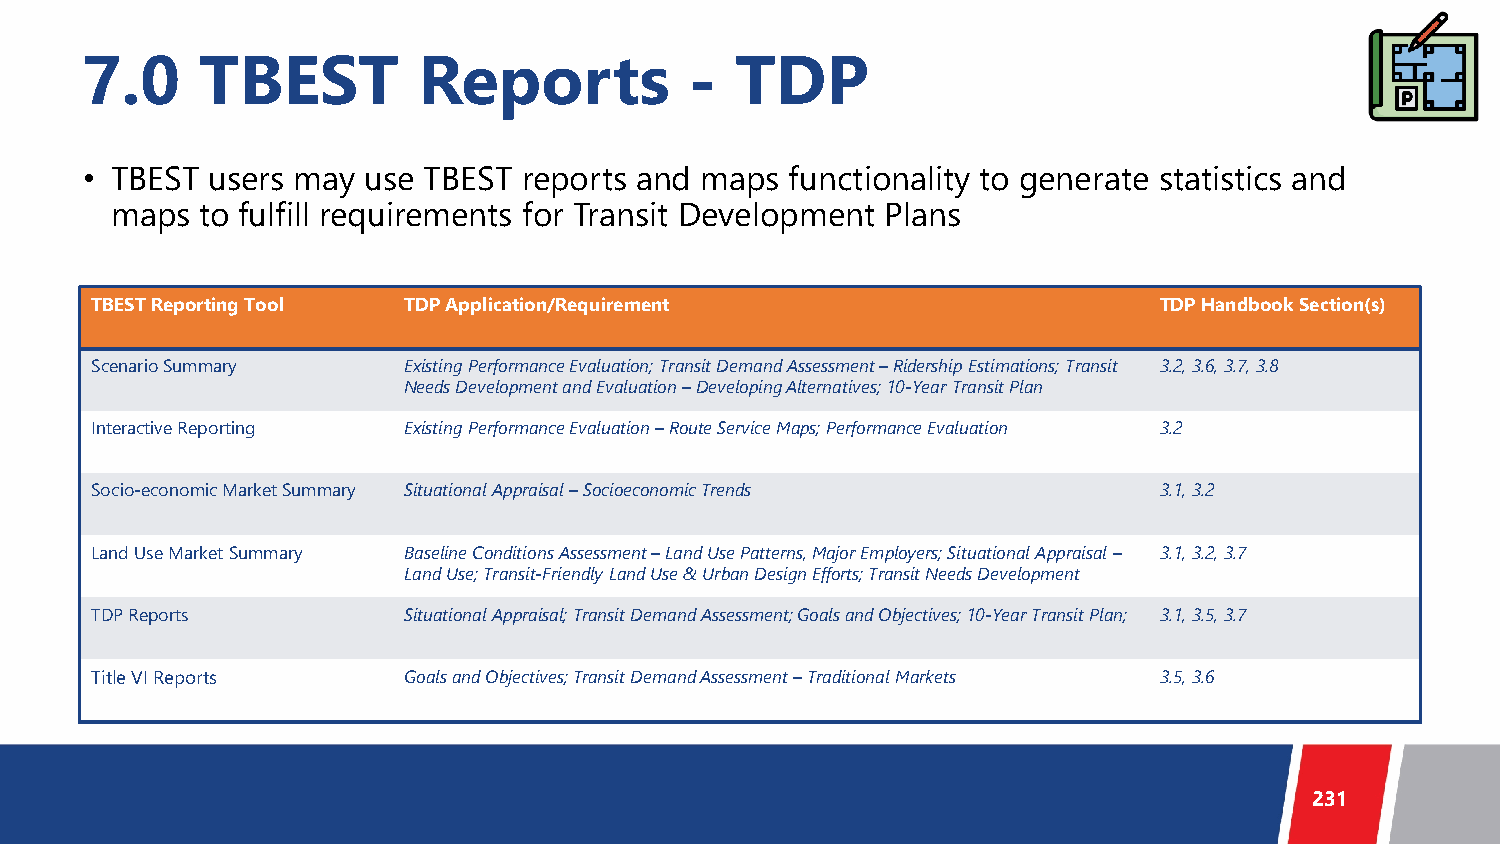
7.0     TBEST          Reports           -  TDP
 • TBEST  users may use TBEST  reports and maps functionality to generate statistics and
 maps  to fulfill requirements for Transit Development Plans
 TBEST Reporting Tool TDP Application/Requirement                       TDP Handbook Section(s)
 Scenario Summary     Existing Performance Evaluation; Transit Demand Assessment –Ridership Estimations; Transit 3.2, 3.6, 3.7, 3.8
 Needs Development and Evaluation –Developing Alternatives; 10-Year Transit Plan
 Interactive Reporting Existing Performance Evaluation –Route Service Maps; Performance Evaluation 3.2
 Socio-economic Market Summary Situational Appraisal –Socioeconomic Trends 3.1, 3.2
 Land Use Market Summary Baseline Conditions Assessment –Land Use Patterns, Major Employers; Situational Appraisal – 3.1, 3.2, 3.7
 Land Use; Transit-Friendly Land Use & Urban Design Efforts; Transit Needs Development
 TDP Reports          Situational Appraisal; Transit Demand Assessment; Goals and Objectives; 10-Year Transit Plan; 3.1, 3.5, 3.7
 Title VI Reports     Goals and Objectives; Transit Demand Assessment –Traditional Markets 3.5, 3.6
 231